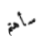
سأهتم